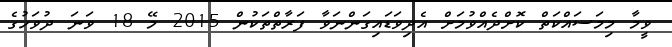
ވީމާ މިމަަސައްކަތް ކޮށްދެއްވުމަށް އެދިވަޑައިގަންނަވާ ފަރާތްތަކުން 2015 މޭ 18 ވަނަ ދުވަހުގެ